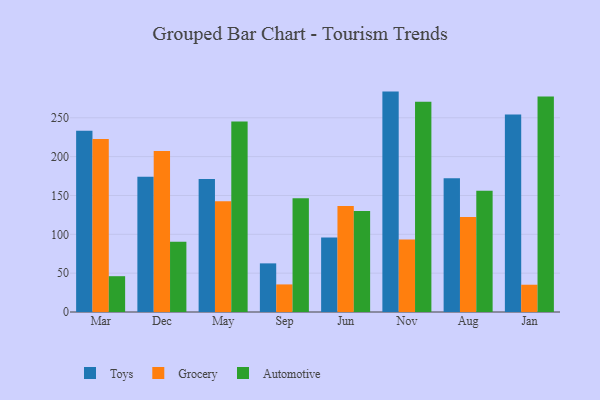
{"axis": {"x": "Month", "y": "Website Visitors"}, "legend": ["Automotive", "Grocery", "Toys"], "data": [{"x": "Mar", "y": 233.2, "type": "Toys"}, {"x": "Mar", "y": 222.7, "type": "Grocery"}, {"x": "Mar", "y": 46.1, "type": "Automotive"}, {"x": "Dec", "y": 174.1, "type": "Toys"}, {"x": "Dec", "y": 207.3, "type": "Grocery"}, {"x": "Dec", "y": 90.4, "type": "Automotive"}, {"x": "May", "y": 171.1, "type": "Toys"}, {"x": "May", "y": 142.5, "type": "Grocery"}, {"x": "May", "y": 245.2, "type": "Automotive"}, {"x": "Sep", "y": 62.6, "type": "Toys"}, {"x": "Sep", "y": 35.5, "type": "Grocery"}, {"x": "Sep", "y": 146.3, "type": "Automotive"}, {"x": "Jun", "y": 95.8, "type": "Toys"}, {"x": "Jun", "y": 136.5, "type": "Grocery"}, {"x": "Jun", "y": 129.9, "type": "Automotive"}, {"x": "Nov", "y": 283.7, "type": "Toys"}, {"x": "Nov", "y": 93.4, "type": "Grocery"}, {"x": "Nov", "y": 270.6, "type": "Automotive"}, {"x": "Aug", "y": 172.3, "type": "Toys"}, {"x": "Aug", "y": 122.2, "type": "Grocery"}, {"x": "Aug", "y": 156.0, "type": "Automotive"}, {"x": "Jan", "y": 254.1, "type": "Toys"}, {"x": "Jan", "y": 35.1, "type": "Grocery"}, {"x": "Jan", "y": 277.4, "type": "Automotive"}]}